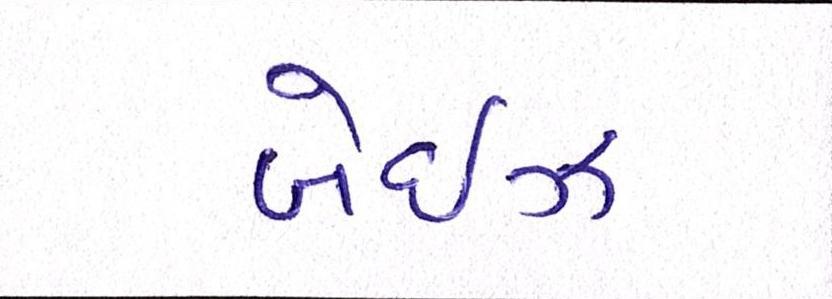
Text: બેઈઝ